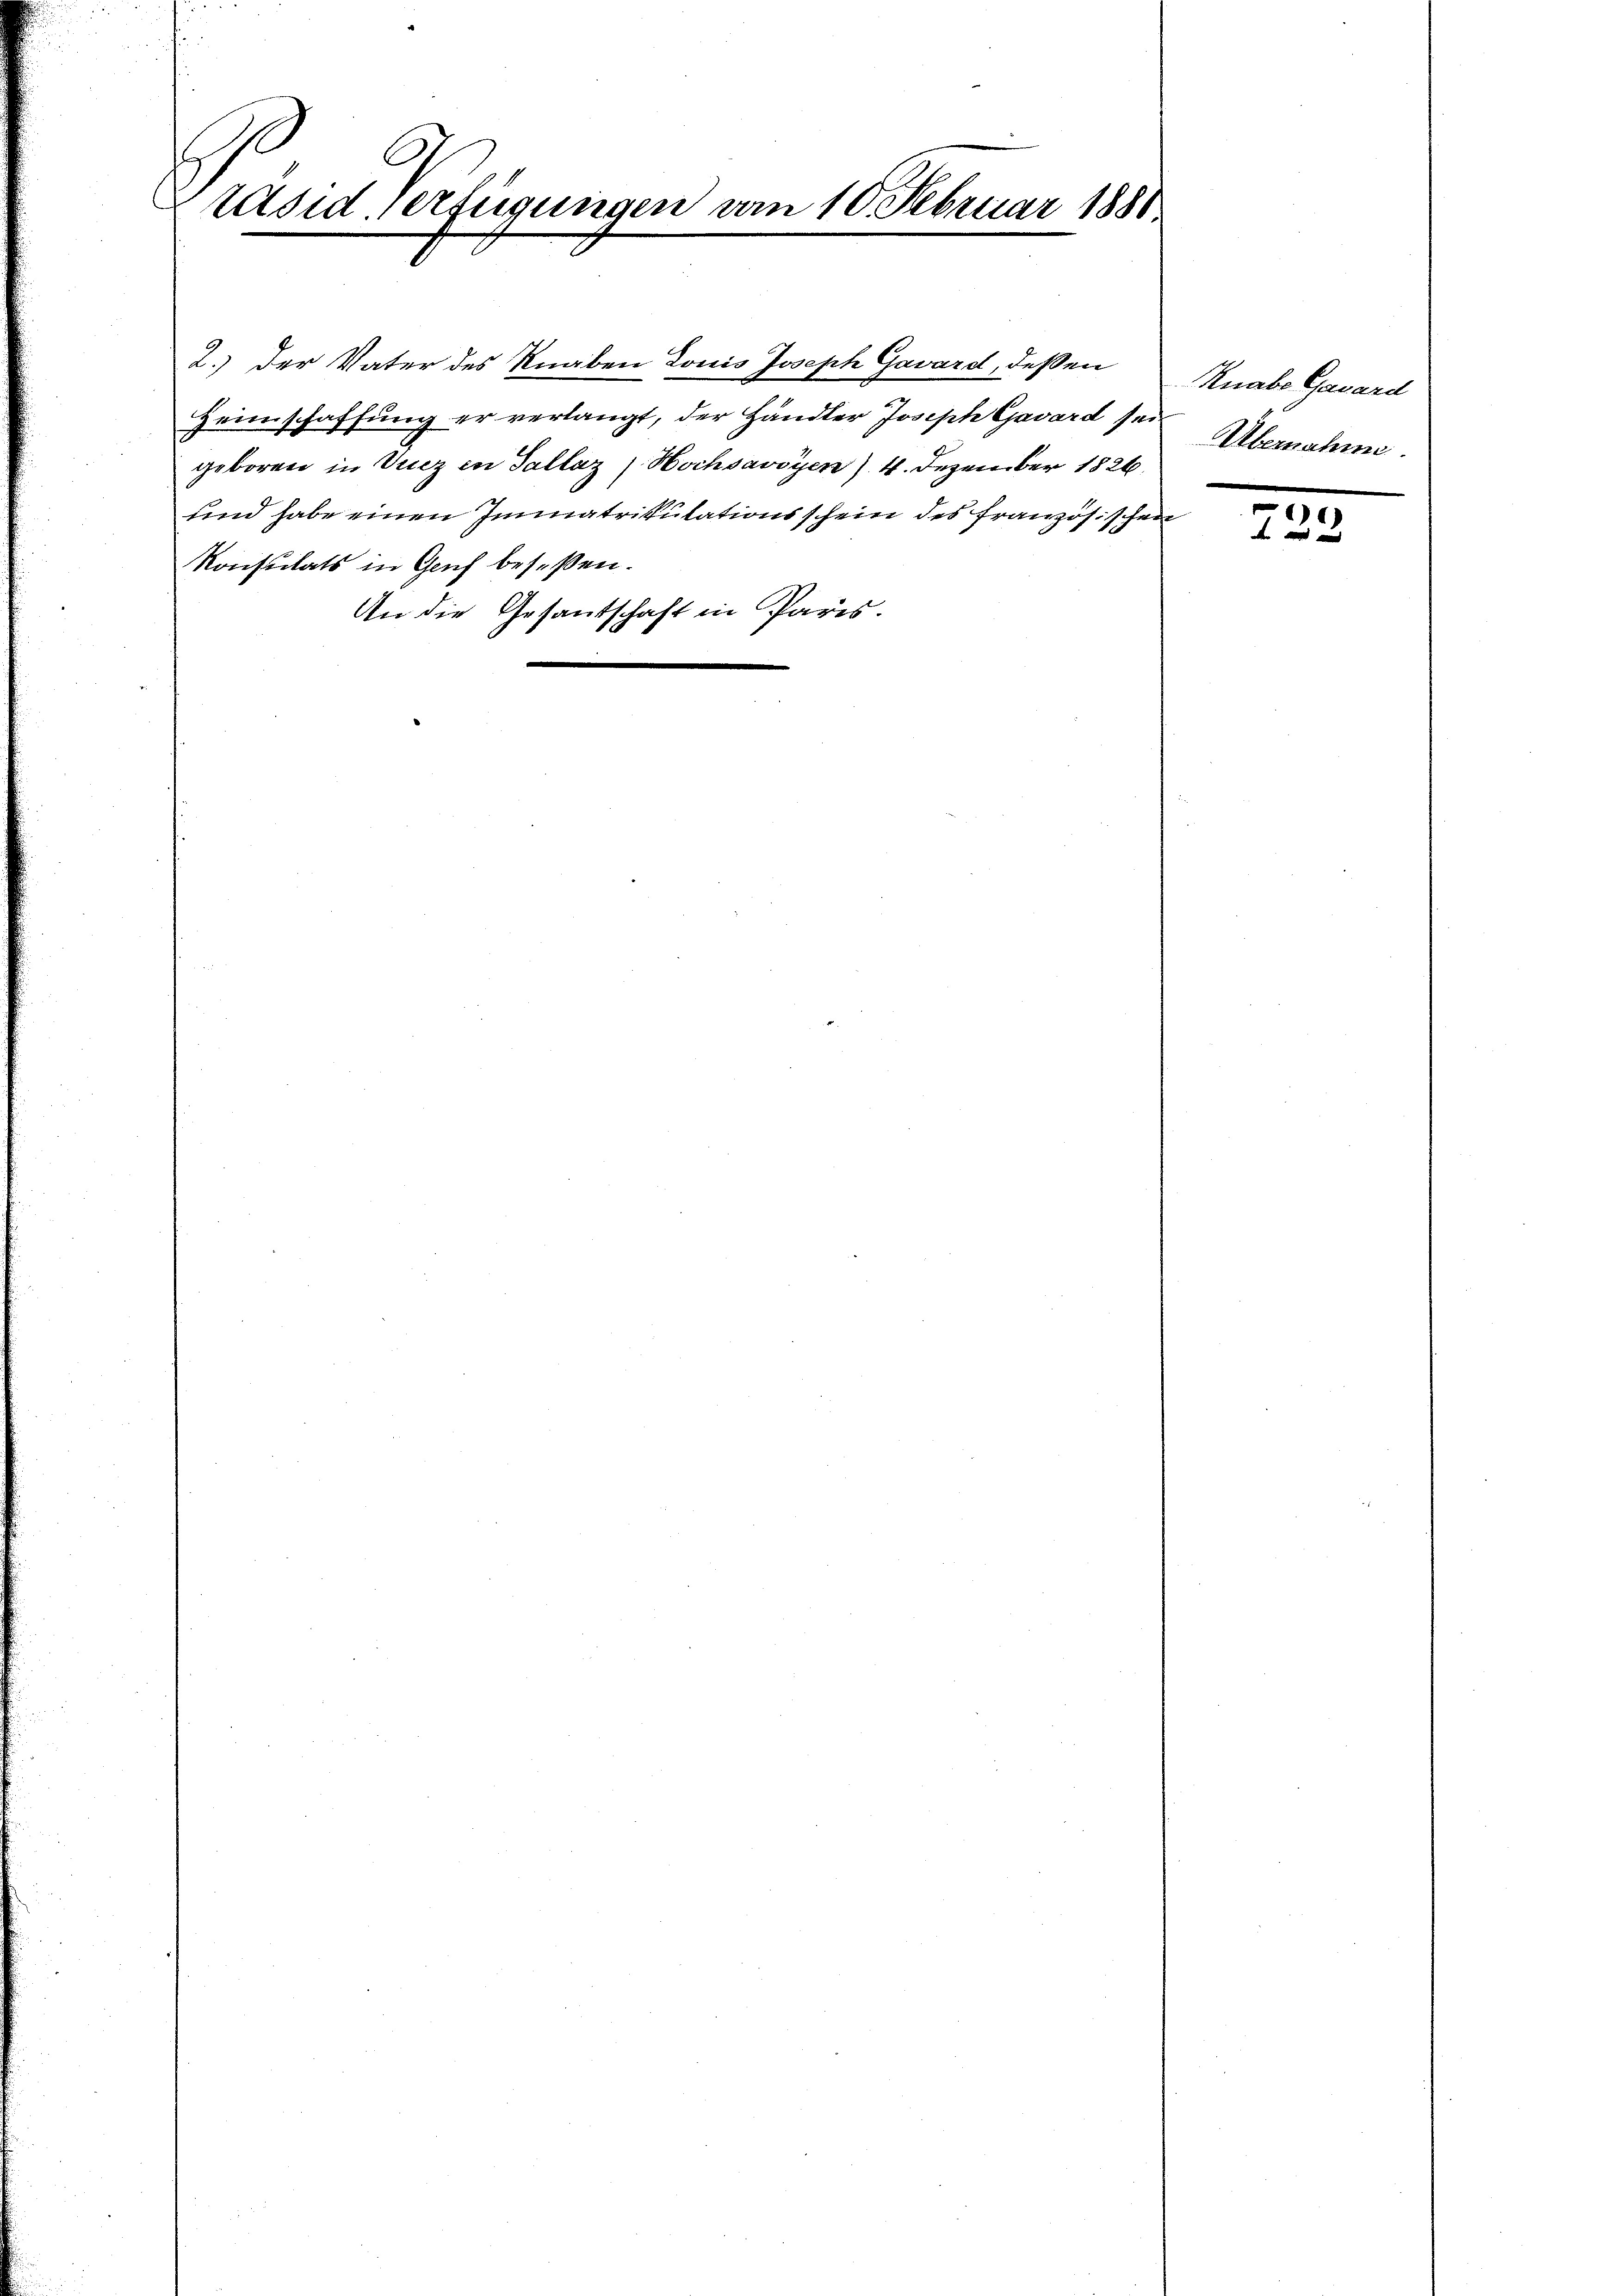
Präsid. Verfügungen am 10. Februar 1881

2.) Der Vater des Knaben Louis Joseph Gavard, deßen
Heimschaffung er verlangt, der Händler Joseph Cjavard sei
geboren in Vicz in Tallaz (Hochsavoyen ) 4. Dezember 1826.
und habe einen Immatrikulationsschein des Französischei
Konsulats in Geich beseßen.
An die Gesantschaft in Paris.

Knabe Gasard
Übernahme.

3